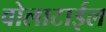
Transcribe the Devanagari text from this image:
वोलाटाईल